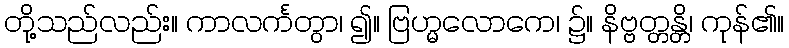
တို့သည်လည်း။ ကာလင်္ကတွာ၊ ၍။ ဗြဟ္မလောကေ၊ ၌။ နိဗ္ဗတ္တန္တိ၊ ကုန်၏။